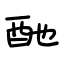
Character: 酏